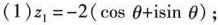
(1)$$z _ { 1 } = - 2 ( \cos θ + i \sin θ )$$；